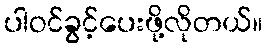
ပါဝင်ခွင့်ပေးဖို့လိုတယ်။